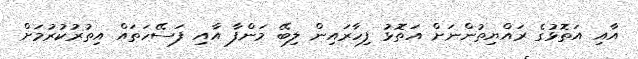
އާއި އަތޮޅުގެ ރައްޔިތުންނަށް އަތޮޅު ފިހާރައިން ލިބޭ މަންފާ އާއި ފަސޭހަތައް އިތުރުކުރުމަށް